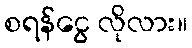
စရန်ငွေ လိုလား။